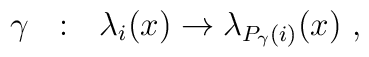
\gamma~~:~~\lambda_i(x) \rightarrow \lambda_{P_{\gamma}(i)}(x)~,